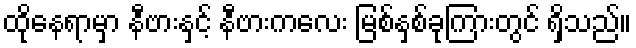
ထိုနေရာမှာ နီဗားနှင့် နီဗားကလေး မြစ်နှစ်ခုကြားတွင် ရှိသည်။